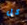
كل